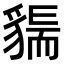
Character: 𧳲